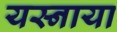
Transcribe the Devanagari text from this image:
यस्नाया